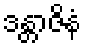
ဒန္တာဇိနံ